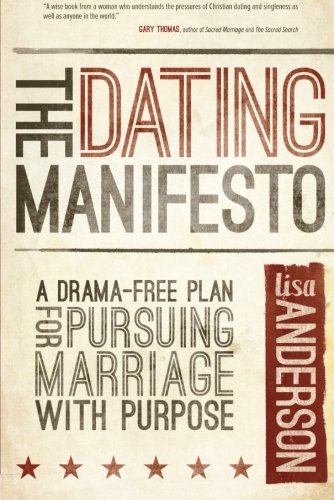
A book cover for The Dating Manifesto: A Drama-Free Plan for Pursuing Marriage with Purpose; Lisa Anderson; Self-Help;